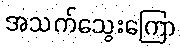
အသက်သွေးကြော